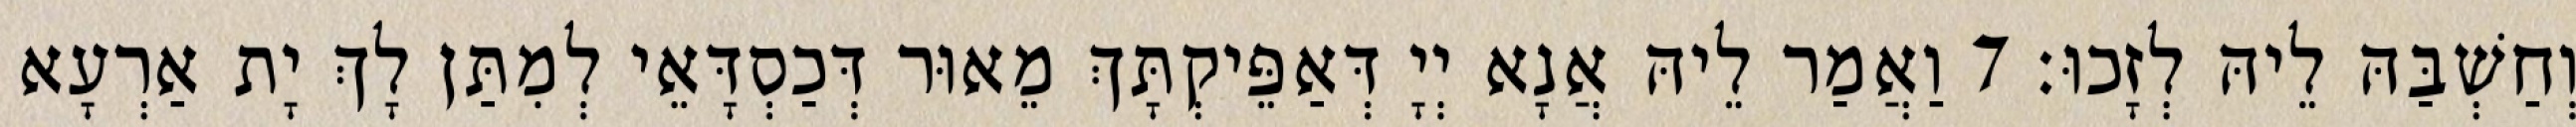
וְחַשְׁבַּהּ לֵיהּ לְזָכוּ׃ 7 וַאֲמַר לֵיהּ אֲנָא יְיָ דְּאַפֵּיקְתָּךְ מֵאוּר דְּכַסְדָּאֵי לְמִתַּן לָךְ יָת אַרְעָא